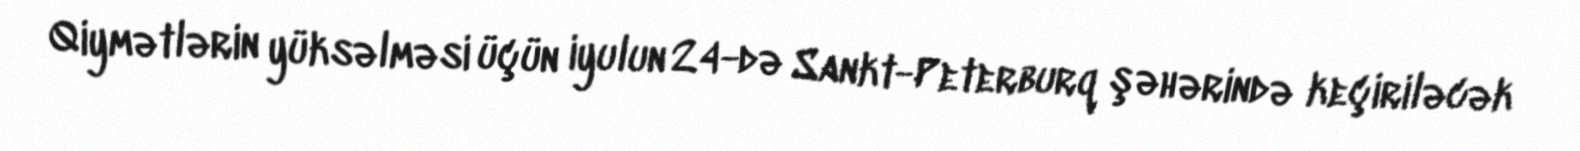
Qiymətlərin yüksəlməsi üçün iyulun 24-də Sankt-Peterburq şəhərində keçiriləcək